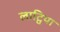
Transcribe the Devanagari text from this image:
लाट्विया